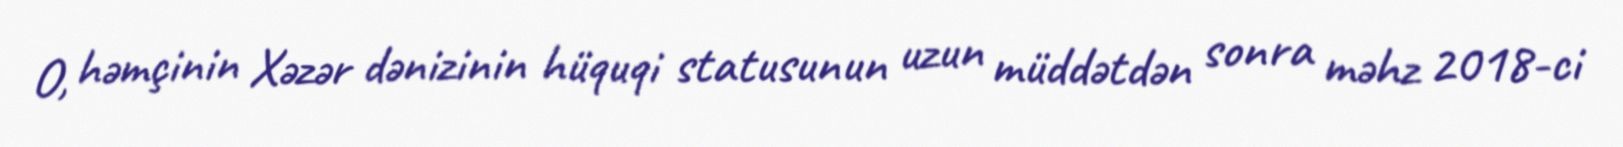
O, həmçinin Xəzər dənizinin hüquqi statusunun uzun müddətdən sonra məhz 2018-ci